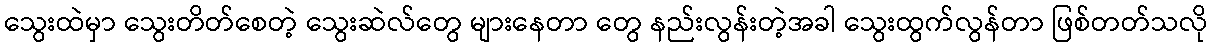
သွေးထဲမှာ သွေးတိတ်စေတဲ့ သွေးဆဲလ်တွေ များနေတာ တွေ နည်းလွန်းတဲ့အခါ သွေးထွက်လွန်တာ ဖြစ်တတ်သလို